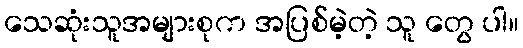
သေဆုံးသူအများစုက အပြစ်မဲ့တဲ့ သူ တွေ ပါ။